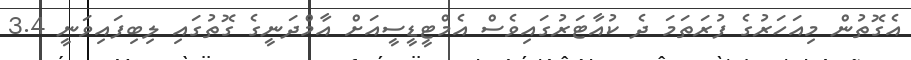
އެގޮތުން މިއަހަރުގެ ފުރަތަމަ ދެ ކުއާޓަރުގައިވެސް އެމްޓީޑީސީއަށް އާމްދަނީގެ ގޮތުގައި ލިބިފައިވަނީ 3.4